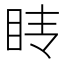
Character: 𰥕